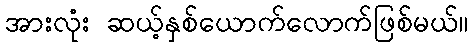
အားလုံး ဆယ့်နှစ်ယောက်လောက်ဖြစ်မယ်။